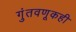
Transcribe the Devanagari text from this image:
गुंतवणूकही